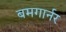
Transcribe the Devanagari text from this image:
बमगार्नर